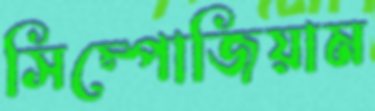
সিম্পোজিয়াম